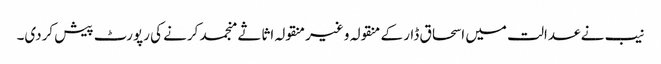
نیب نے عدالت میں اسحاق ڈار کے منقولہ و غیرمنقولہ اثاثے منجمد کرنے کی رپورٹ پیش کردی۔